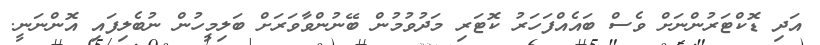
އަދި ޑޮކްޓަރުންނަށް ވެސް ބައެއްފަހަރު ކޮޓަރި މަދުވުމުން ބޭނުންވާވަރަށް ބަލިމީހުން ނުބެލިފައި އޮންނަނީ.